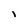
Character: I